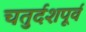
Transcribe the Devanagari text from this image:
चतुर्दशपूर्व